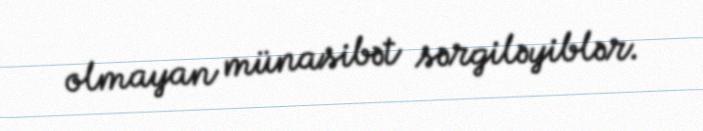
olmayan münasibət sərgiləyiblər.